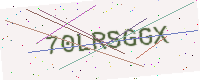
Text: 70LRSGGX